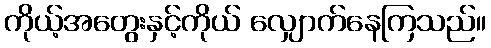
ကိုယ့်အတွေးနှင့်ကိုယ် လျှောက်နေကြသည်။